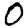
Digit: 0